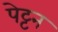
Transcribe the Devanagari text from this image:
पेट्टन